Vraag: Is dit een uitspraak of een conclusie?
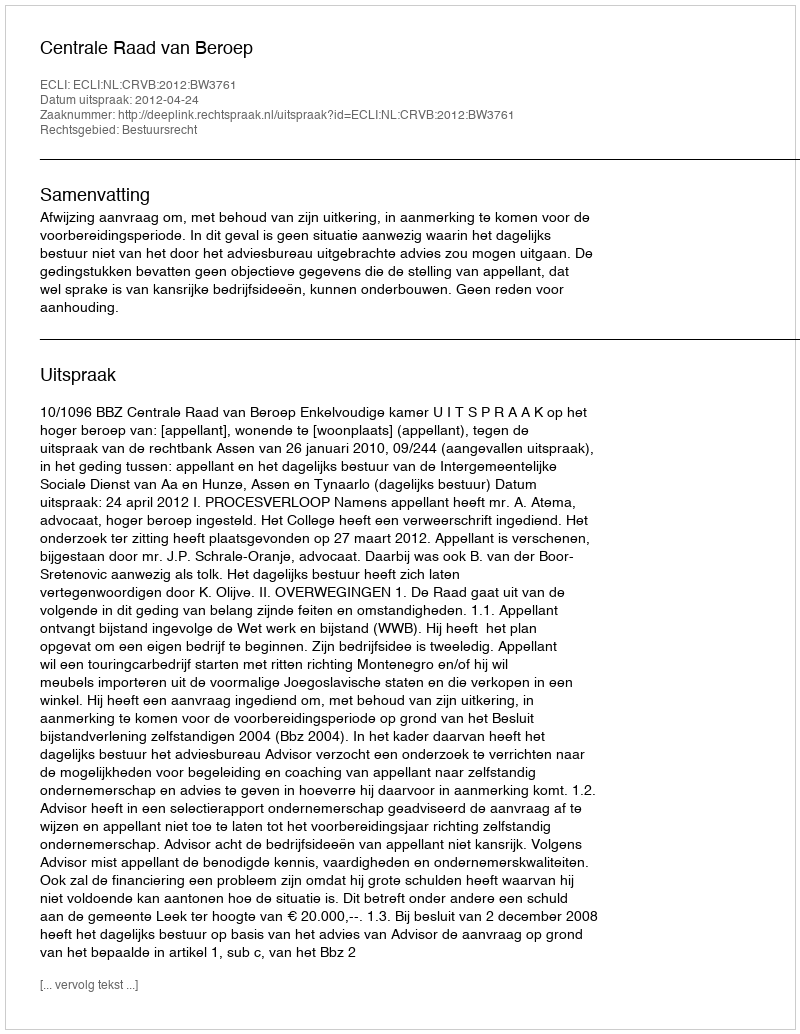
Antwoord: Uitspraak